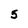
Character: 5